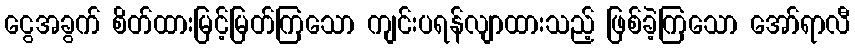
ငွေအခွက် စိတ်ထားမြင့်မြတ်ကြသော ကျင်းပရန်လျာထားသည့် ဖြစ်ခဲ့ကြသော အော်ရာလီ